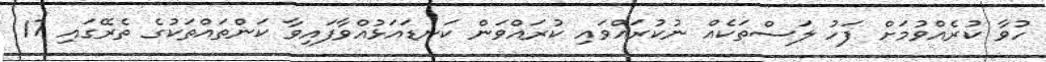
ހުވާ ކުރެއްވުމަށް ފަހު ލަސްތަކެއް ނުކުރައްވައި ކުރައްވަން ކަނޑައަޅުއްވާފައިވާ ކަންތައްތަކުގެ ތެރޭގައި 17